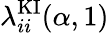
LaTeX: \lambda_{ii}^{\mathrm{KI}}(\alpha,1)